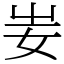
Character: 妛